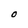
Character: O